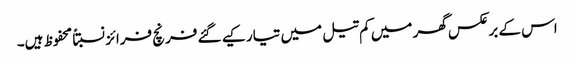
اس کے برعکس گھر میں کم تیل میں تیار کیے گئے فرنچ فرائز نسبتاً محفوظ ہیں۔